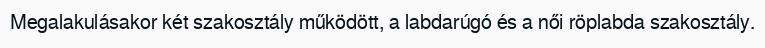
Megalakulásakor két szakosztály működött, a labdarúgó és a női röplabda szakosztály.